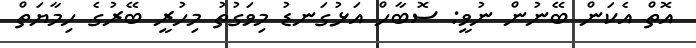
އޮތް އެކަން ބޭނުން ނުވީ: ސޮބާހް އަޅުގަނޑު މިވަގުތު މިހުރީ ބޭރުގެ ހިމާޔަތް